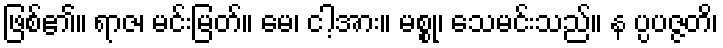
ဖြစ်၏။ ရာဇ၊ မင်းမြတ်။ မေ၊ ငါ့အား။ မစ္စု၊ သေမင်းသည်။ န ပ္ပပဇ္ဇတိ၊